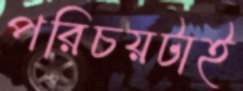
পরিচয়টাই